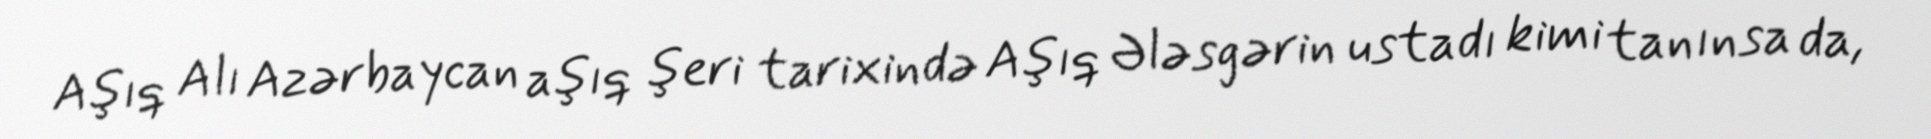
Aşıq Alı Azərbaycan aşıq şeri tarixində Aşıq Ələsgərin ustadı kimi tanınsa da,